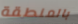
بالمنطقة